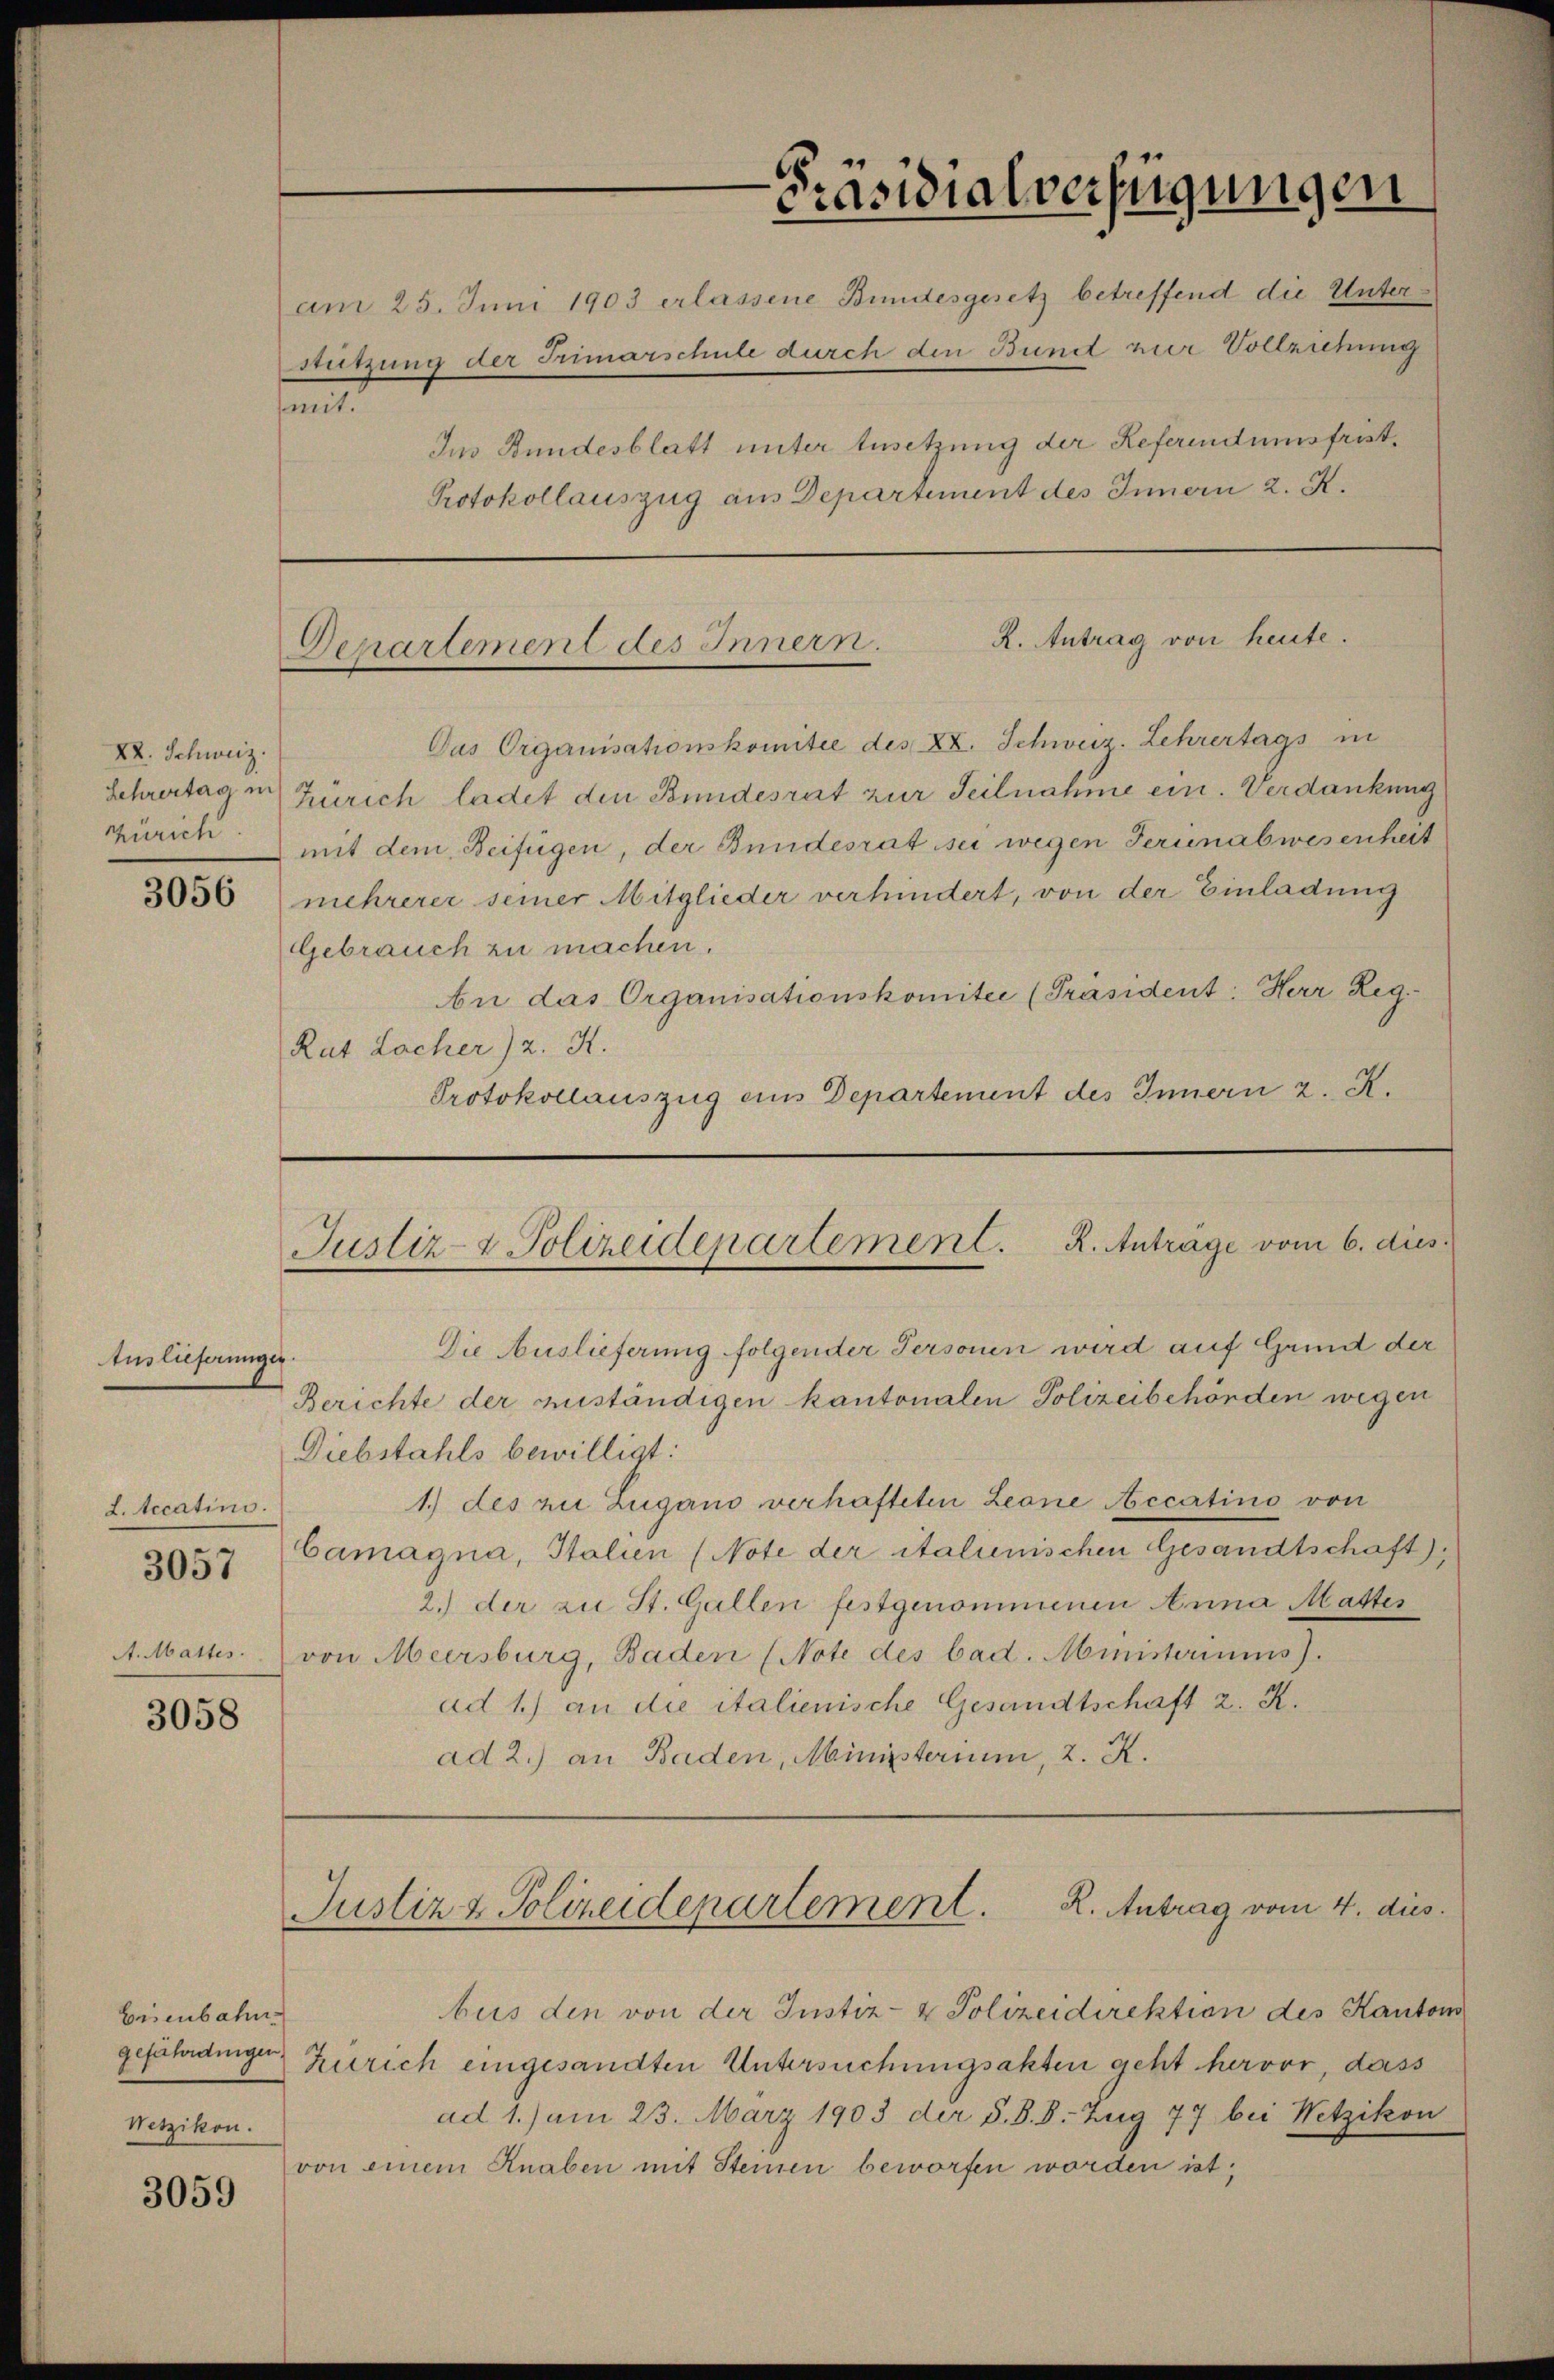
XX. Schweiz.

3056

tuslieferungen.
L.tecatini.
3057
A. Mattes.

3058

Eisenbahn
gefährdingen.
Wetzikon.

3059

sammt

-Präsidialverfügungen
am 25. Juni 1903 erlassene Bundesgesetz betreffend die Unterstützung der Trimarschule durch den Bund zur Vollziehung
Im Bundesblatt unter Ansetzung der Referendumsfrist¬
Protokollauszug aus Departement des Innern 2. K.

R. Antrag von heute.
Departement des Innern.

Das Organisationskomitee des XX. Schweiz. Lehrertags in
Schreitag in Zürich ladet den Bundesrat zur Teilnahme ein. Verdankung
Zürich mit dem Beifügen, der Bundesrat sei wegen Ferienabwesenheit
mehrerer seiner Mitglieder verhindert, von der Einladung
Gebrauch zu machen.
An das Organisationskomitee [Präsident: Herr Reg¬
Rat Lacher) 2. X.
Protokollauszug eins Departement des Innern 2. K.

Justiz- & Polizeidepartement. R. Anträge vom 6. dies
Die Auslieferung folgender Personen wird auf Grund der

Berichte der zuständigen kantonalen Polizeibehörden wegen
Diebstahls bewilligt:
1.) des zu Zugano verhafteten Leone Aecatino von
Camagna, Italien (Note der italienischen Gesandtschaft)
2.) der zu St. Gallen festgenommenen Anna Matter
von Meersburg, Baden (Note des bad. Ministeriums).
ad 1.) an die italienische Gesandtschaft z. R.
ad 2.) an Baden, Ministerium, 2. K.

Justiz & Polizeidepartement. R. Antrag vom 4. dies

bus den von der Justiz- & Polizeidirektion des Kantons
Zürich eingesandten Untersuchungsakten geht hervor, dass
ad 1.) am 23. März 1903 der S. B. d. Zug 77 bei Wetzikon
von einem Knaben mit Steinen beworfen worden ist;